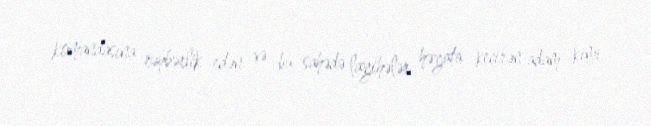
komandasına rəhbərlik edən və bu sahədə layihələr həyata keçirən adam kimi